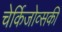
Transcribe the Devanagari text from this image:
चेर्किजोव्सकी